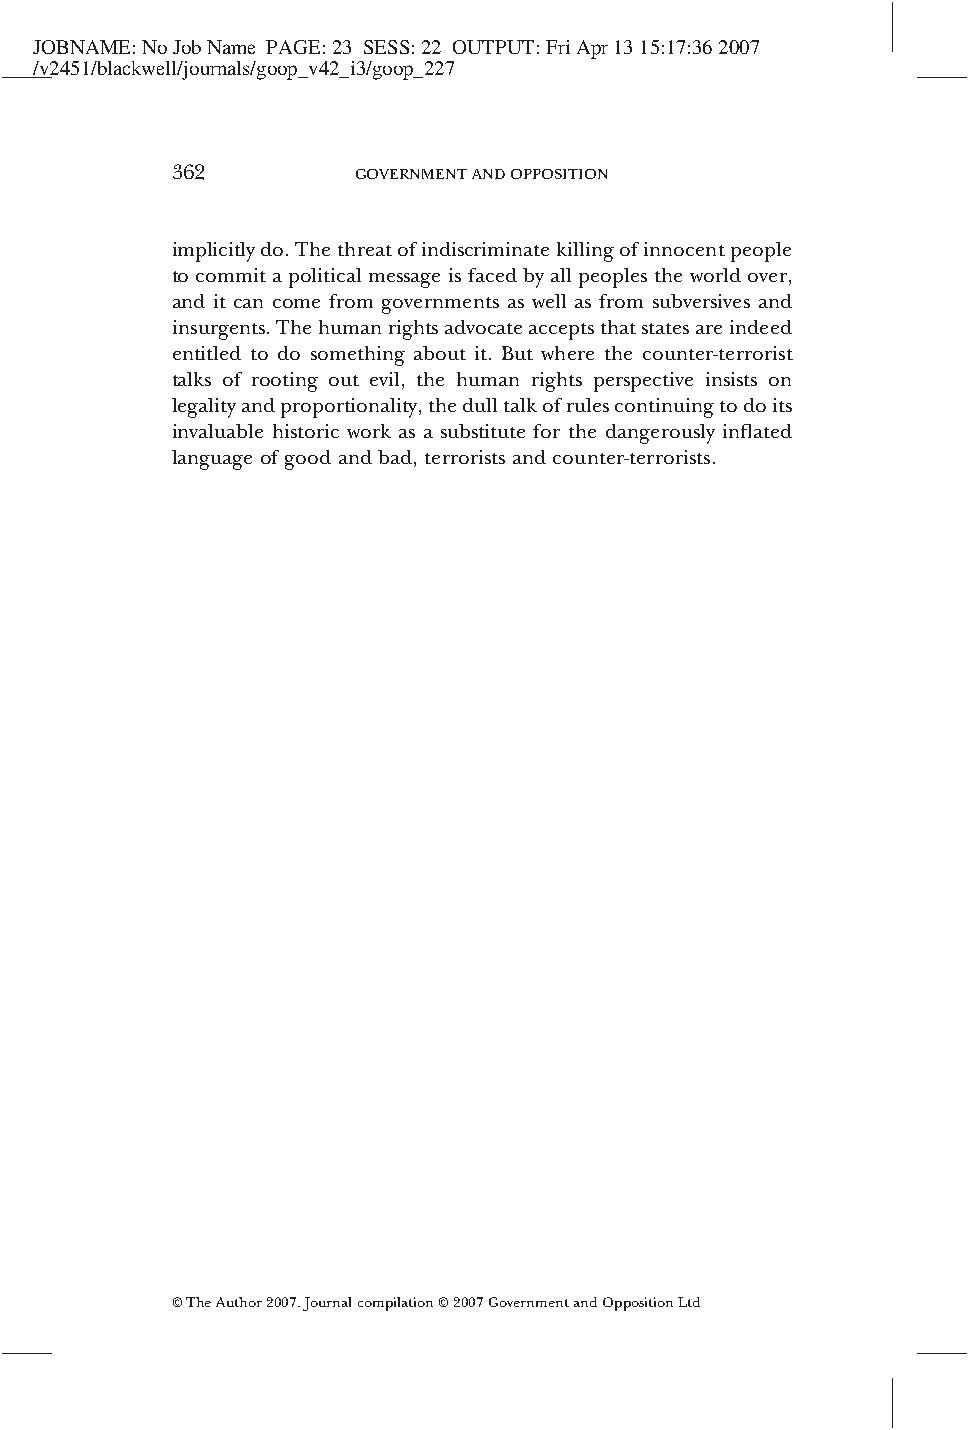
JOBNAME:NoJobName PAGE:23 SESS:22 OUTPUT:FriApr1315:17:362007
 /v2451/blackwell/journals/goop_v42_i3/goop_227
 362          GOVERNMENTANDOPPOSITION
 implicitlydo.Thethreatofindiscriminatekillingofinnocentpeople
 to commit a political message is faced by all peoples the world over,
 and it can come from governments as well as from subversives and
 insurgents.Thehumanrightsadvocateacceptsthatstatesareindeed
 entitled to do something about it. But where the counter-terrorist
 talks of rooting out evil, the human rights perspective insists on
 legalityandproportionality,thedulltalkofrulescontinuingtodoits
 invaluable historic work as a substitute for the dangerously inflated
 language of good and bad, terrorists and counter-terrorists.
 ©TheAuthor2007.Journalcompilation©2007GovernmentandOppositionLtd